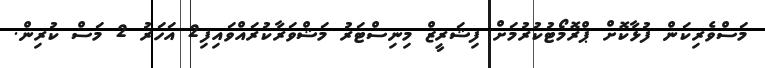
މަސްވެރިކަން ފުޅާކޮށް ޕްރޮމޯޓުކުރުމަށް ފިޝަރީޒް މިނިސްޓަރު މަޝްވަރާކުރައްވައިފި2 އަހަރު 2 މަސް ކުރިން.